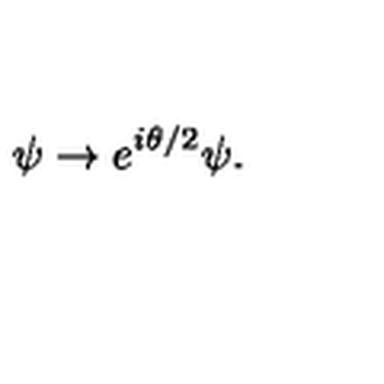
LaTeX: \psi \rightarrow e ^ { i \theta / 2 } \psi .